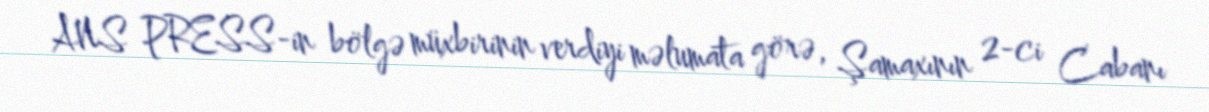
ANS PRESS-in bölgə müxbirinin verdiyi məlumata görə, Şamaxının 2-ci Cabanı